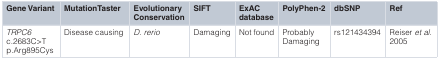
<table><thead><tr><td><b>Gene Variant</b></td><td><b>MutationTaster</b></td><td><b>EvolutionaryConservation</b></td><td><b>SIFT</b></td><td><b>ExACdatabase</b></td><td><b>PolyPhen-2</b></td><td><b>dbSNP</b></td><td><b>Ref</b></td></tr></thead><tbody><tr><td><i>TRPC6</i>c.2683C&gt;Tp.Arg895Cys</td><td>Disease causing</td><td><i>D. rerio</i></td><td>Damaging</td><td>Not found</td><td>ProbablyDamaging</td><td>rs121434394</td><td>Reiser<i>et al.</i>2005</td></tr></tbody></table>